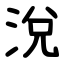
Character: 涗